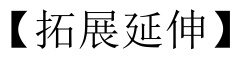
【拓展延伸】